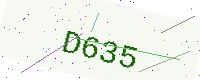
Text: D635